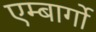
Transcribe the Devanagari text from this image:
एम्बार्गो